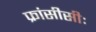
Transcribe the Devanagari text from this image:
फ्रांसीसीः